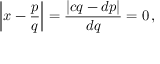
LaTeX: \left| x - { \frac { p } { q } } \right| = { \frac { | c q - d p | } { d q } } = 0 \, ,